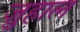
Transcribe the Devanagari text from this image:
ज़ुहाल